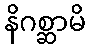
နိဂစ္ဆာမိ